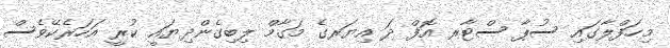
މިހަފްލާގައި ސުޕާ ސްޓާރ އޮފް ދަ އިޔަރގެ މަގާމް ލިބިގެންދިޔައީ ކުރީ އަހަރެކޭވެސް